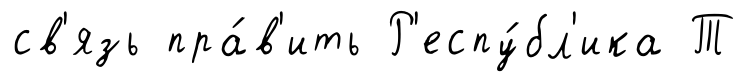
св'язь пра́в'ить Р'еспу́бл'ика Т